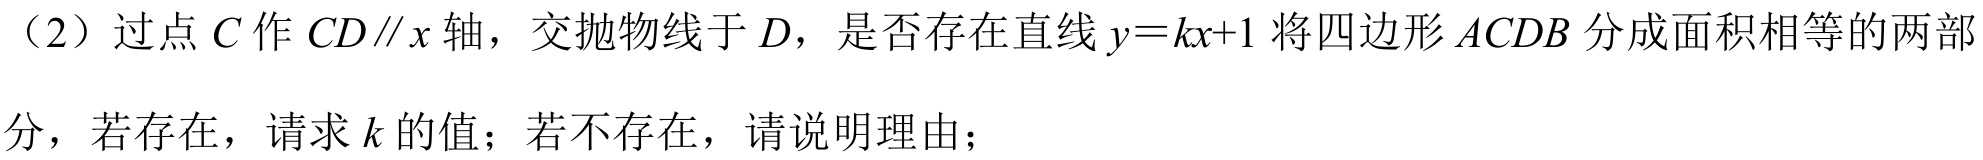
（2）过点\(C\)作\(CD\parallel x\)轴，交抛物线于\(D\)，是否存在直线\(y = kx + 1\)将四边形\(ACDB\)分成面积相等的两部分，若存在，请求\(k\)的值；若不存在，请说明理由；